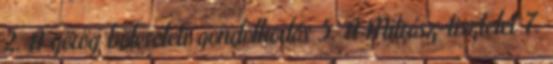
2. A görög bölcseleti gondolkodás 5. A Mitrász-tisztelet 7.